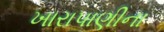
ખારાપાણીના